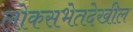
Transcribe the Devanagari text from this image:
लोकसभेतदेखील